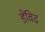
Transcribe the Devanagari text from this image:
डेविढ